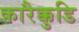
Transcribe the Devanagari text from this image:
कारैक्कुडि